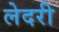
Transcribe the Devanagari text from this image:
लेदरी